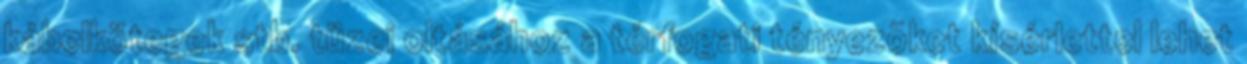
kábelkötegek stb. tüzei oltásához a térfogati tényezõket kísérlettel lehet